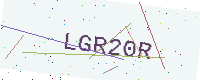
Text: LGR20R